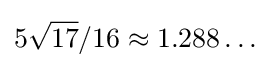
5{\sqrt {17}}/16\approx 1.288\ldots